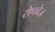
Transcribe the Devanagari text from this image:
रोपवेज़